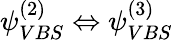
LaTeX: \psi_{VBS}^{(2)}\Leftrightarrow\psi_{VBS}^{(3)}